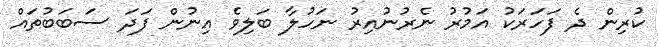
ކުރިން ދެ ފަހަރަކު އަމުރު ނެރުނުއިރު ނަހުލާ ބަލިވެ އިނުން ފަދަ ސަބަބުތައް